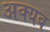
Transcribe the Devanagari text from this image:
अक्यब